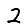
Digit: 2